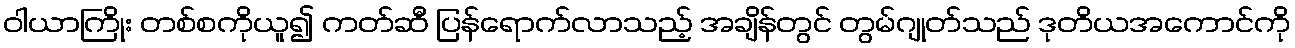
ဝါယာကြိုး တစ်စကိုယူ၍ ကတ်ဆီ ပြန်ရောက်လာသည့် အချိန်တွင် တွမ်ဂျုတ်သည် ဒုတိယအကောင်ကို